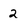
Character: 2